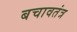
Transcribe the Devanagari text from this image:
बचावतंत्र